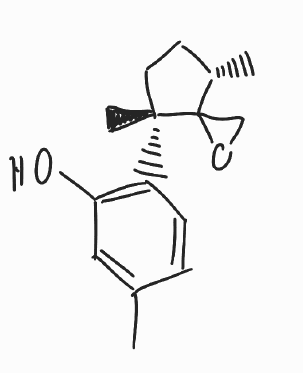
Simplified molecular-input line-entry system (SMILES) notation of the given molecule:
C[C@H]1CC[C@@](C12CO2)(C)C3=C(C=C(C=C3)C)O